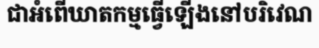
ជាអំពើឃាតកម្មធ្វើឡើងនៅបរិវេណ